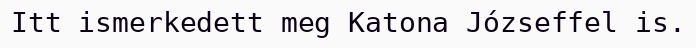
Itt ismerkedett meg Katona Józseffel is.